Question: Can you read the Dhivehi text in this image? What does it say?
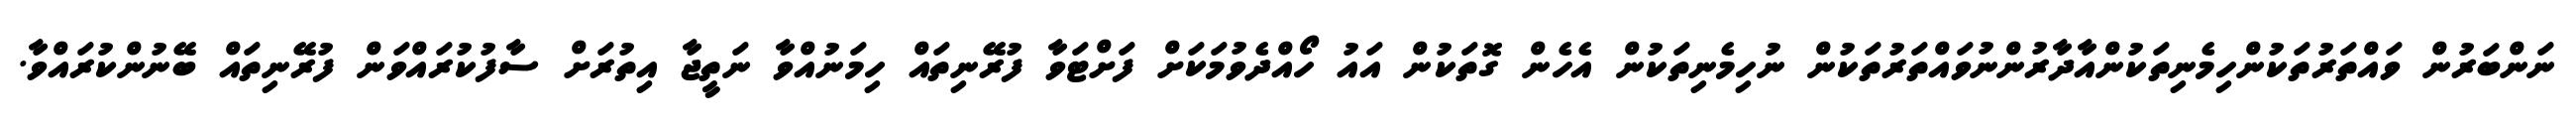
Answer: ނަންބަރުން ވައްތަރުތަކުންހިމެނިތަކުންއާދާރުންނުވައްތަރުތަކުން ނުހިމެނިތަކުން އެހެން ގޮތަކުން އައު ހޯއްދެވުމަކަށް ފަށްޓަވާ ފުރޭނިތައް ހިމަނުއްވާ ނަތީޖާ އިތުރަށް ސާފުކުރައްވަން ފުރޭނިތައް ބޭނުންކުރައްވާ.